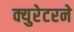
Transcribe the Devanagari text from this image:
क्युरेटरने